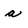
Character: a